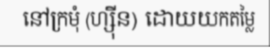
នៅក្រមុំ (ហ្ស៊ីន) ដោយយកតម្លៃ